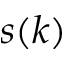
s ( k )